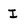
Character: I